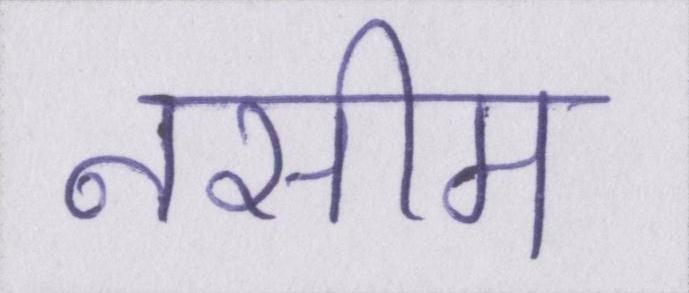
नसीम